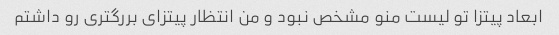
ابعاد پیتزا تو لیست منو مشخص نبود و من انتظار پیتزای بررگتری رو داشتم